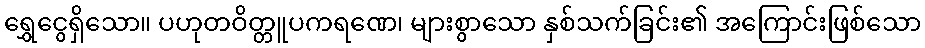
ရွှေငွေရှိသော။ ပဟုတဝိတ္တူပကရဏေ၊ များစွာသော နှစ်သက်ခြင်း၏ အကြောင်းဖြစ်သော